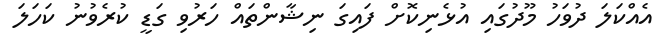
އެއްކަލަ ދުވަހު މޫދުގައި އުޅެނިކޮށް ފައިގަ ނިޝާންތައް ހަރުވި ގަޑީ ކުރެވުނު ކަހަލަ